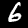
Digit: 6